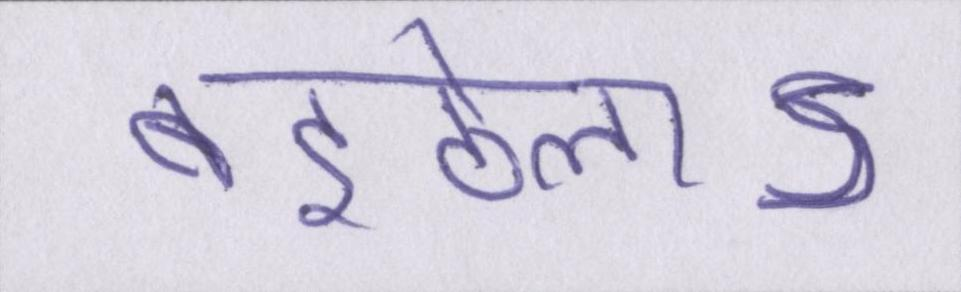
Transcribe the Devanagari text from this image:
बइठेलाऽ